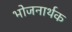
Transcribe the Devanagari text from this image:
भोजनार्थक